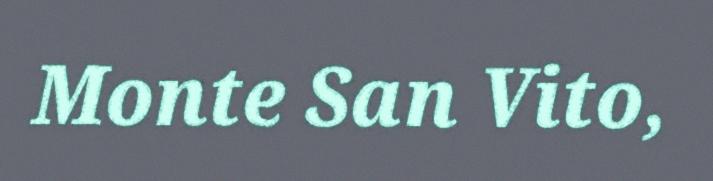
Monte San Vito,